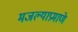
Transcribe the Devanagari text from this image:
मजल्याप्रमाणे